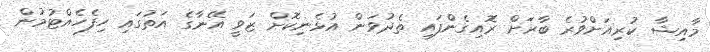
މާއިޝާ ކުރިއަށްވުރެ ބާރަށް ރޮއިގެންފައި ތެދުވަން އުޅެނިކޮށް ޒަވީ އޭނާގެ އަތުގައި ހިފެހެއްޓުމުން